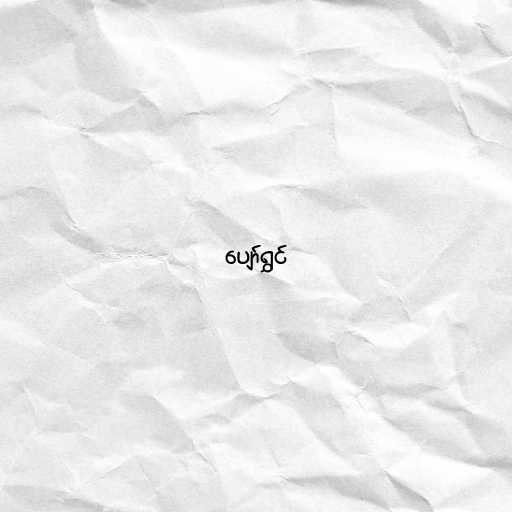
ပျော်ရွှင်